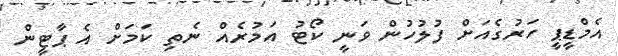
އެމްޑީޕީ ހަރުގެއަށް ފުލުހުން ވަނީ ކޯޓު އަމުރެއް ނެތި ކަމަށް އެ ޕާޓީން